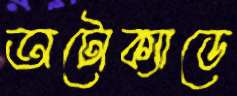
অটোক্যাডে